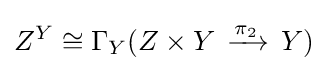
Z^{Y}\cong \Gamma _{Y}(Z\times Y\,\xrightarrow {\overset {}{\pi _{2}}} \,Y)